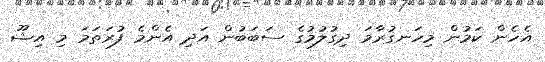
އެހެން ކަމުން މިހަނގުރާމަ ދިގުލުމުގެ ސަބަބުން އަދި އެންމެ ފުރަތަމަ މި އިޝޫ